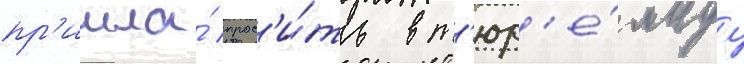
пр'ишла́ прос'и́ть в т'юр'е́мнуу